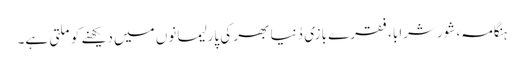
ہنگامہ، شورشرابا، فقرے بازی دُنیا بھر کی پارلیمانوں میں دیکھنے کو ملتی ہے۔